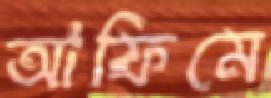
আফিমে